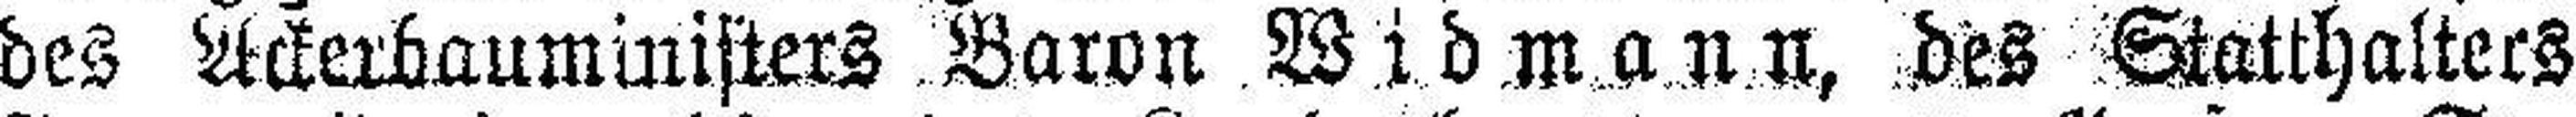
des Ackerbauministers Baron Widmann, des Statthalters